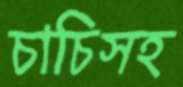
চাচিসহ